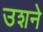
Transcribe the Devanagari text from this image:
उशने